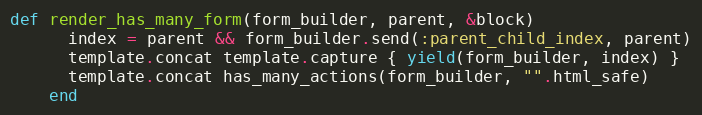
Language: Ruby
def render_has_many_form(form_builder, parent, &block)
      index = parent && form_builder.send(:parent_child_index, parent)
      template.concat template.capture { yield(form_builder, index) }
      template.concat has_many_actions(form_builder, "".html_safe)
    end